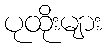
ပုထိုးများ